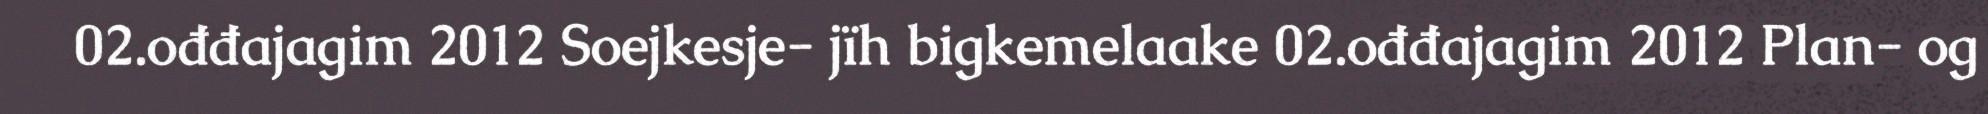
02.ođđajagim 2012 Soejkesje- jïh bigkemelaake 02.ođđajagim 2012 Plan- og